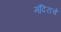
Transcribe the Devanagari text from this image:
म्ंदिराचे